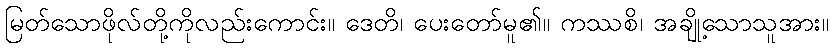
မြတ်သောဖိုလ်တို့ကိုလည်းကောင်း။ ဒေတိ၊ ပေးတော်မူ၏။ ကဿစိ၊ အချို့သောသူအား။